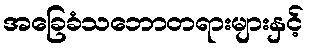
အခြေခံသဘောတရားများနှင့်